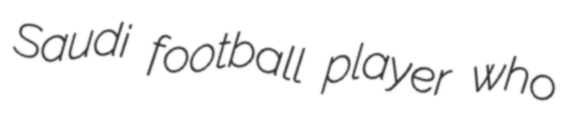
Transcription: Saudi football player who